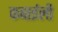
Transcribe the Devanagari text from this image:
कबाईली